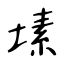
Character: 塐